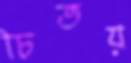
চিতয়